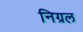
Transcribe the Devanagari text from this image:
निग्रल